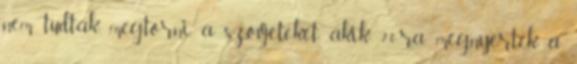
nem tudták megtörni a szovjeteket, akik 2:0-ra megnyerték a